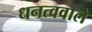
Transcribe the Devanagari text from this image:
धनत्ववाले